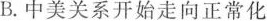
B.中美关系开始走向正常化